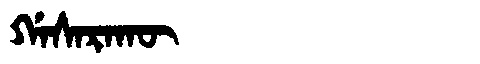
Manchu: ᡤᠠᠰᠠᡵᠠᡴᡡ
Romanization: GASARAKŪ